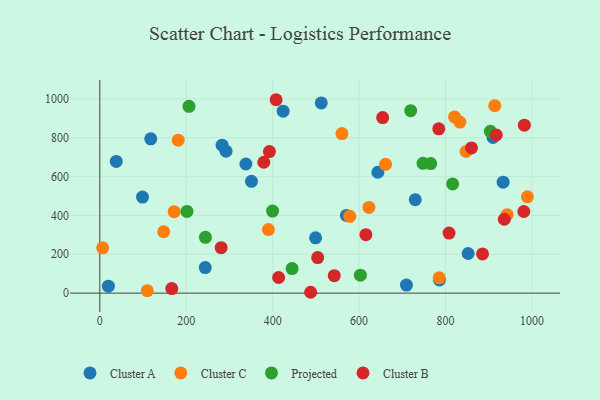
{"axis": {"x": "Investment", "y": "Profit"}, "legend": ["Cluster A", "Cluster B", "Cluster C", "Projected"], "data": [{"x": "643.5", "y": 622.4, "type": "Cluster A"}, {"x": "709.6", "y": 41.6, "type": "Cluster A"}, {"x": "38.0", "y": 678.1, "type": "Cluster A"}, {"x": "283.0", "y": 761.8, "type": "Cluster A"}, {"x": "98.8", "y": 494.5, "type": "Cluster A"}, {"x": "512.5", "y": 979.3, "type": "Cluster A"}, {"x": "424.3", "y": 936.8, "type": "Cluster A"}, {"x": "785.9", "y": 67.7, "type": "Cluster A"}, {"x": "244.0", "y": 131.5, "type": "Cluster A"}, {"x": "730.0", "y": 481.1, "type": "Cluster A"}, {"x": "117.9", "y": 794.6, "type": "Cluster A"}, {"x": "351.0", "y": 575.5, "type": "Cluster A"}, {"x": "499.4", "y": 284.6, "type": "Cluster A"}, {"x": "292.1", "y": 730.9, "type": "Cluster A"}, {"x": "852.4", "y": 204.1, "type": "Cluster A"}, {"x": "909.9", "y": 801.5, "type": "Cluster A"}, {"x": "933.4", "y": 571.3, "type": "Cluster A"}, {"x": "338.0", "y": 664.8, "type": "Cluster A"}, {"x": "19.8", "y": 36.0, "type": "Cluster A"}, {"x": "570.7", "y": 400.2, "type": "Cluster A"}, {"x": "560.4", "y": 821.5, "type": "Cluster C"}, {"x": "942.6", "y": 403.8, "type": "Cluster C"}, {"x": "390.1", "y": 327.2, "type": "Cluster C"}, {"x": "109.9", "y": 12.8, "type": "Cluster C"}, {"x": "833.3", "y": 880.9, "type": "Cluster C"}, {"x": "6.5", "y": 233.2, "type": "Cluster C"}, {"x": "914.1", "y": 965.2, "type": "Cluster C"}, {"x": "147.8", "y": 316.1, "type": "Cluster C"}, {"x": "622.8", "y": 441.2, "type": "Cluster C"}, {"x": "821.0", "y": 907.1, "type": "Cluster C"}, {"x": "785.4", "y": 78.6, "type": "Cluster C"}, {"x": "989.5", "y": 496.1, "type": "Cluster C"}, {"x": "661.3", "y": 663.3, "type": "Cluster C"}, {"x": "578.5", "y": 395.3, "type": "Cluster C"}, {"x": "847.6", "y": 729.3, "type": "Cluster C"}, {"x": "181.5", "y": 787.3, "type": "Cluster C"}, {"x": "172.1", "y": 419.2, "type": "Cluster C"}, {"x": "603.1", "y": 92.7, "type": "Projected"}, {"x": "244.4", "y": 287.1, "type": "Projected"}, {"x": "206.4", "y": 961.9, "type": "Projected"}, {"x": "903.8", "y": 833.3, "type": "Projected"}, {"x": "719.5", "y": 939.2, "type": "Projected"}, {"x": "201.7", "y": 420.6, "type": "Projected"}, {"x": "765.7", "y": 666.9, "type": "Projected"}, {"x": "816.5", "y": 562.4, "type": "Projected"}, {"x": "445.0", "y": 126.3, "type": "Projected"}, {"x": "748.0", "y": 668.2, "type": "Projected"}, {"x": "399.8", "y": 422.5, "type": "Projected"}, {"x": "487.9", "y": 4.4, "type": "Cluster B"}, {"x": "654.6", "y": 903.8, "type": "Cluster B"}, {"x": "408.0", "y": 995.8, "type": "Cluster B"}, {"x": "885.7", "y": 202.0, "type": "Cluster B"}, {"x": "981.3", "y": 420.3, "type": "Cluster B"}, {"x": "542.6", "y": 90.1, "type": "Cluster B"}, {"x": "280.8", "y": 233.9, "type": "Cluster B"}, {"x": "936.1", "y": 380.5, "type": "Cluster B"}, {"x": "392.5", "y": 729.0, "type": "Cluster B"}, {"x": "504.2", "y": 183.3, "type": "Cluster B"}, {"x": "166.6", "y": 23.2, "type": "Cluster B"}, {"x": "808.2", "y": 309.3, "type": "Cluster B"}, {"x": "784.4", "y": 846.1, "type": "Cluster B"}, {"x": "413.8", "y": 80.6, "type": "Cluster B"}, {"x": "615.8", "y": 300.9, "type": "Cluster B"}, {"x": "917.5", "y": 814.2, "type": "Cluster B"}, {"x": "982.5", "y": 864.8, "type": "Cluster B"}, {"x": "379.5", "y": 673.9, "type": "Cluster B"}, {"x": "860.1", "y": 747.6, "type": "Cluster B"}]}